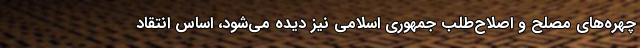
چهره‌های مصلح و اصلاح‌طلب جمهوری اسلامی نیز دیده می‌شود، اساس انتقاد